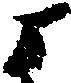
よ